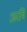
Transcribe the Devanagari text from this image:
अरबि